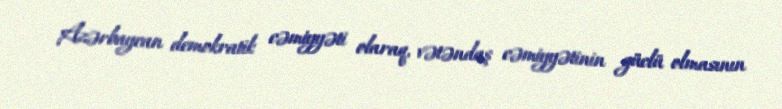
Azərbaycan demokratik cəmiyyəti olaraq, vətəndaş cəmiyyətinin güclü olmasının